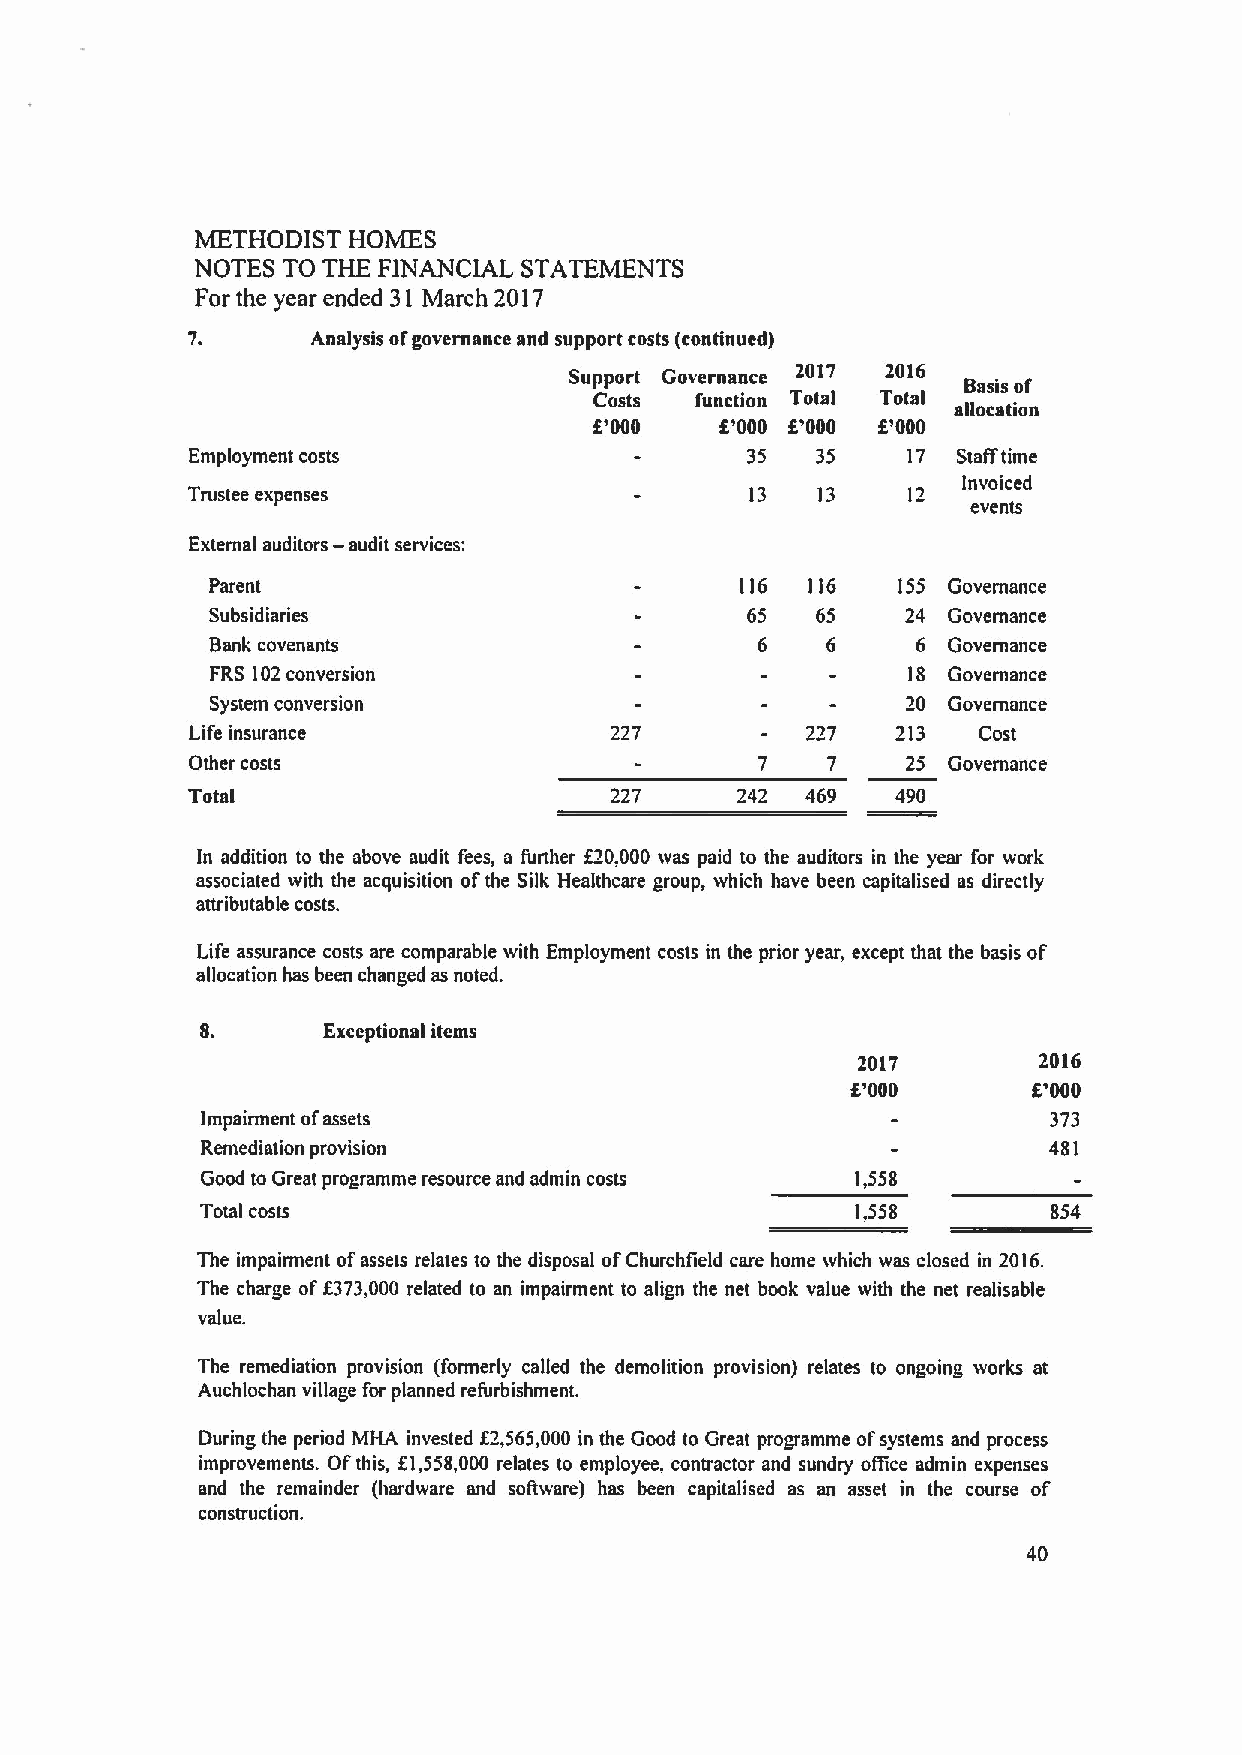
METHODIST HOMES
 NOTES TO THE FINANCIAL STATEMENTS
 For the year ended 31 March 2017
 Analysis ofgovernance and support costs (continued)
 Support Governance   2016
 Basis of
 Costs  function Total Total
 allocation
 8'000    f'000 f'000 8'000
 Employment costs                     35   35    17 Sta(ftime
 Invoiced
 Trustee expenses                      13  13
 events
 —
 External auditors audit services:
 Parent                             116  116  155 Governance
 Subsidiaries                       65   65    24 Governance
 Bank covenants                      6    6     6 Governance
 FRS 102conversion                             18 Governance
 System conversion                             20 Governance
 Life insurance             227          227   213   Cost
 Other costs                          7    7    25 Governance
 Total                       227      242 469   490
 In addition to the above audit fees, a further &~0,000 was paid to the auditors in the year for work
 associated with the acquisition ofthe Silk Healthcare group, which have been capitalised as directly
 attributable costs.
 Life assurance costs are comparable with Employment costs in the prior year, except that the basis of
 allocation has been changed as noted.
 8.      Exceptional items
 2017        2016
 f'000       8'000
 Impairment ofassets                                      373
 Remediation provision                                   481
 Good to Great programme resource and admin costs 1,558
 Total costs                                 1,558        854
 The impairment ofassets relates to the disposal ofChurchfield care home which was closed in 2016.
 The charge off373,000 related to an impairment to align the net book value with the net realisable
 value.
 The remediation provision (formerly called the demolition provision) relates to ongoing works at
 Auchlochan village for planned refurbishment.
 During the period MHA invested f2,565,000 in the Good to Great programme ofsystems and process
 improvements. Of this, 81,558,000 relates to employee, contractor and sundry oBice admin expenses
 and the remainder (hardware and sotlware) has been capitalised as an asset in the course of
 construction.
 40